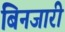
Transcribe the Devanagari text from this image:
बिनजारी